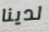
لدينا